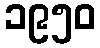
၁၉၅၀